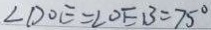
\angle D O E = \angle O E B = 7 5 ^ { \circ }